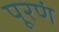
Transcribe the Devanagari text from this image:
पूरणं